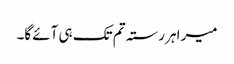
میرا ہر رستہ تم تک ہی آئے گا۔